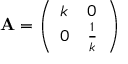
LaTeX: \mathbf { A } = { \left( \begin{array} { l l } { k } & { 0 } \\ { 0 } & { { \frac { 1 } { k } } } \end{array} \right) }